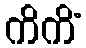
ကိကိံ